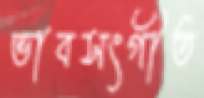
ভাবসংগীত